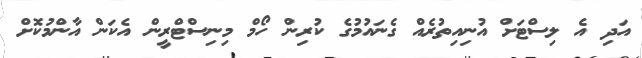
އަދި އެ ލިސްޓަށް އުނިއިތުރެއް ގެނައުމުގެ ކުރިން ހޯމް މިނިސްޓްރީން އެކަން އާންމުކޮށް